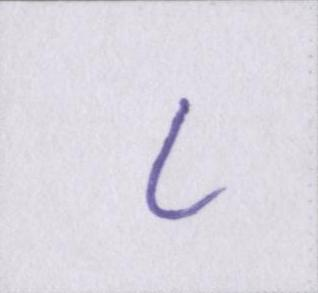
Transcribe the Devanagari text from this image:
८